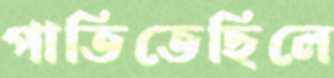
পাতিতেছিলে